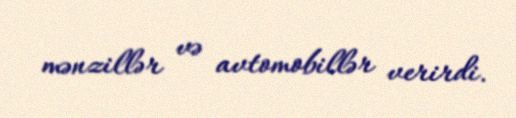
mənzillər və avtomobillər verirdi.